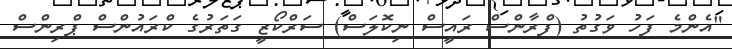
"އެންމެ ފަހު ވަގުތު (ފްރާންސް ރައީސް ނިކޮލަސް) ސަރްކޯޒީ ގަތަރުގެ ކްރައުންސް ޕްރިންސް